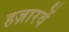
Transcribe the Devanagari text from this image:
हज़ारवें